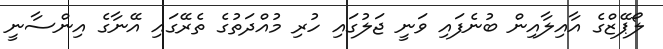
ލޯޕޭޒްގެ އާއިލާއިން ބުނެފައި ވަނީ ޖަލުގައި ހުރި މުއްދަތުގެ ތެރޭގައި އޭނާގެ އިންސާނީ